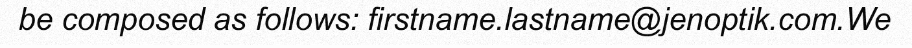
be composed as follows: firstname.lastname@jenoptik.com.We